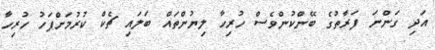
އަދި ގަންނަ ފަރާތުގެ ބޭންކުންވެސް ހުރިހާ ލިޔުންތައް ބަލައި ޗެކް ކުރުމަށްފަހު ހުރިހާ